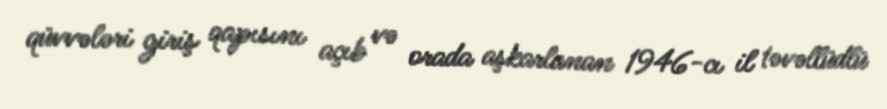
qüvvələri giriş qapısını açıb və orada aşkarlanan 1946-cı il təvəllüdlü